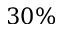
3 0 \%